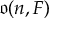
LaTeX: { \mathfrak { o } } ( n , F )